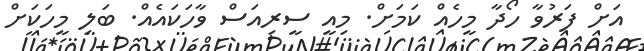
އަށް ފަރުވާ ހޯދާ މީހެއް ކަމަށް. މިއީ ސީރިއަސް ވާހަކައެއް. ބަލި މީހަކަށް